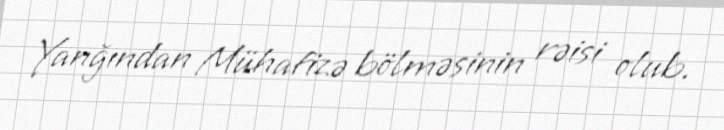
Yanğından Mühafizə bölməsinin rəisi olub.